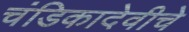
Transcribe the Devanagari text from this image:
चंडिकादेवीचे